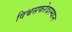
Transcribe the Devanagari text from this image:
विश्वसफरेदरम्यान